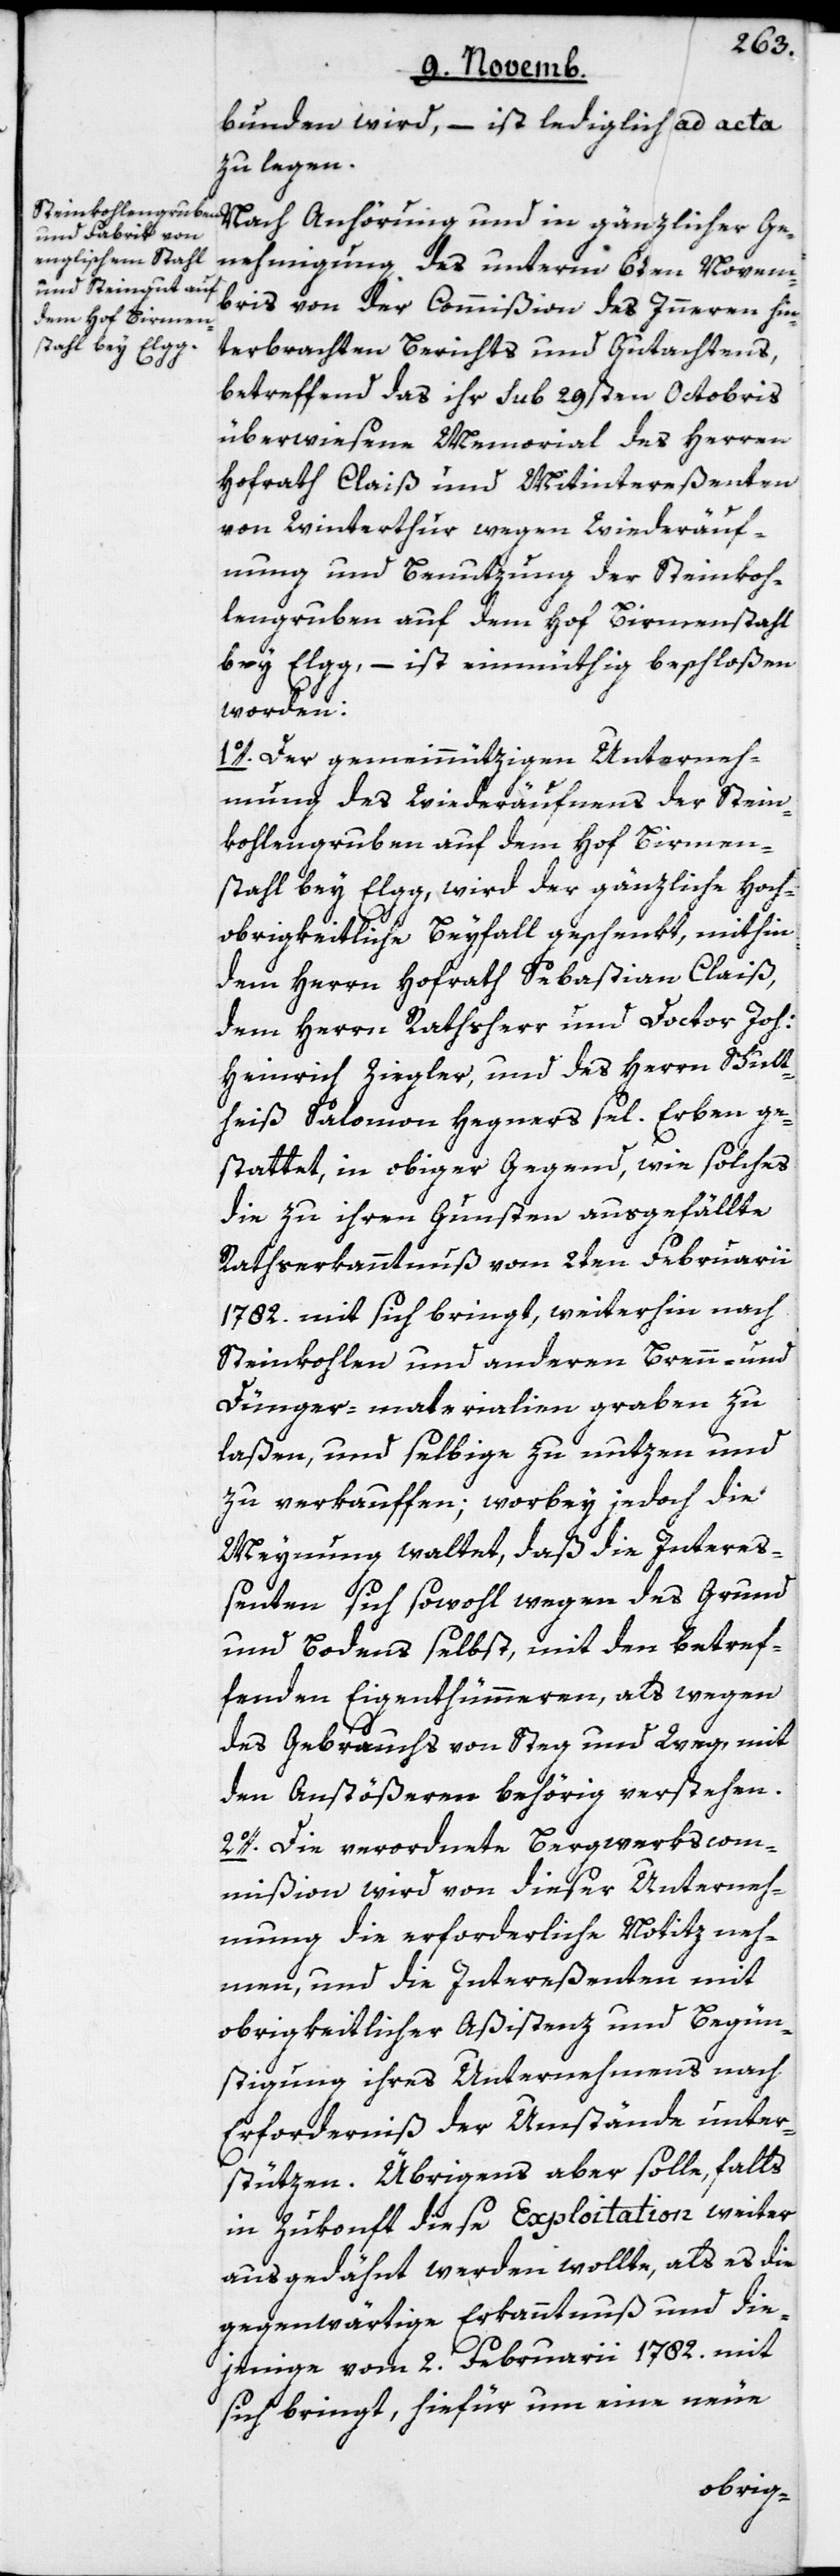
bunden wird, – ist lediglich ad acta
zu legen.
Nach Anhörung und in gänzlicher Ge¬
nehmigung des unterm 6ten Novem¬
bris von der Commißion des Innern hin¬
terbrachten Berichts und Gutachtens,
betreffend das ihr sub 29sten Octobris
überwiesene Memorial des Herren
Hofrath Claiß und Mitintereßenten
von Winterthur, wegen Wiederäuf¬
nung und Benutzung der Steinkoh¬
lengruben auf dem Hof Birmenstahl
bey Elgg, – ist einmüthig beschloßen
worden:
1o. Der gemeinnützigen Unterneh¬
mung des Wiederäufnens der Stein¬
kohlengruben auf dem Hof Birmen¬
stahl bey Elgg, wird der gänzliche Hoch¬
obrigkeitliche Beyfall geschenkt, mithin
dem Herrn Hofrath Sebastian Claiß,
dem Herrn Rathsherr und Doctor Joh.
Heinrich Ziegler, und des Herrn Schult¬
heiß Salomon Hegners sel. Erben ge¬
stattet, in obiger Gegend, wie solches
die zu ihren Gunsten ausgefällte
Rathserkanntnuß vom 2ten Februarii
1782. mit sich bringt, weiterhin nach
Steinkohlen und anderen Brenn- und
Dünger-materialien graben zu
laßen, und selbige zu nutzen und
zu verkauffen; worbey jedoch die
Meynung waltet, daß die Intereß¬
enten sich sowohl wegen des Grund
und Bodens selbst, mit den betref¬
fenden Eigenthümmeren, als wegen
des Gebrauchs von Steg und Weg, mit
den Antößeren behörig verstehen.
2o. Die verordnete Bergwerkscom¬
mißion wird von dieser Unterneh¬
mung die erforderliche Notitz neh¬
men, und die Intereßenten mit
obrigkeitlicher Aßistenz und Begün¬
stigung ihres Unternehmens nach
Erforderniß der Umstände unter¬
stützen. Übrigens aber solle, falls
in Zukonft diese Exploitation weiter
ausgedähnt werden wollte, als es die
gegenwärtige Erkanntnuß und die¬
jenige vom 2ten Februarii 1782. mit
sich bringt, hiefür um eine neue